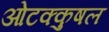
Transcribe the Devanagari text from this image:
ओटक्कुषल